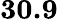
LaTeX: \mathbf{30.9}